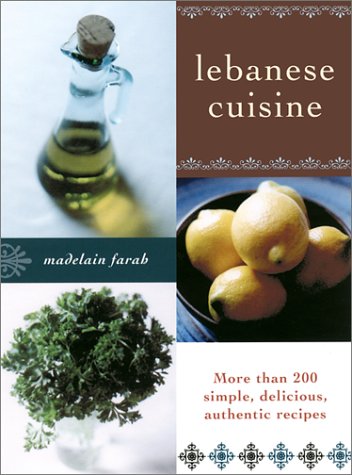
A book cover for Lebanese Cuisine: More than 200 Simple, Delicious, Authentic Recipes; Madelain Farah; Cookbooks, Food & Wine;